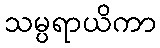
သမ္ပရာယိကာ